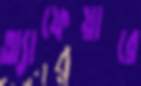
অ্যাফেয়ারে